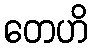
တေဟိ